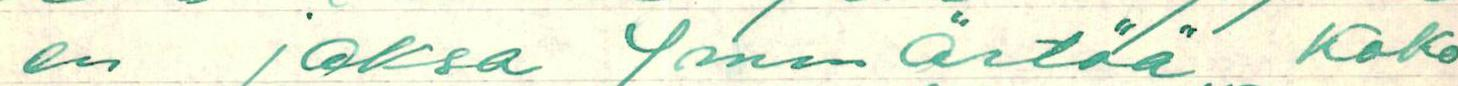
en jaksa Ymmärtää Koko